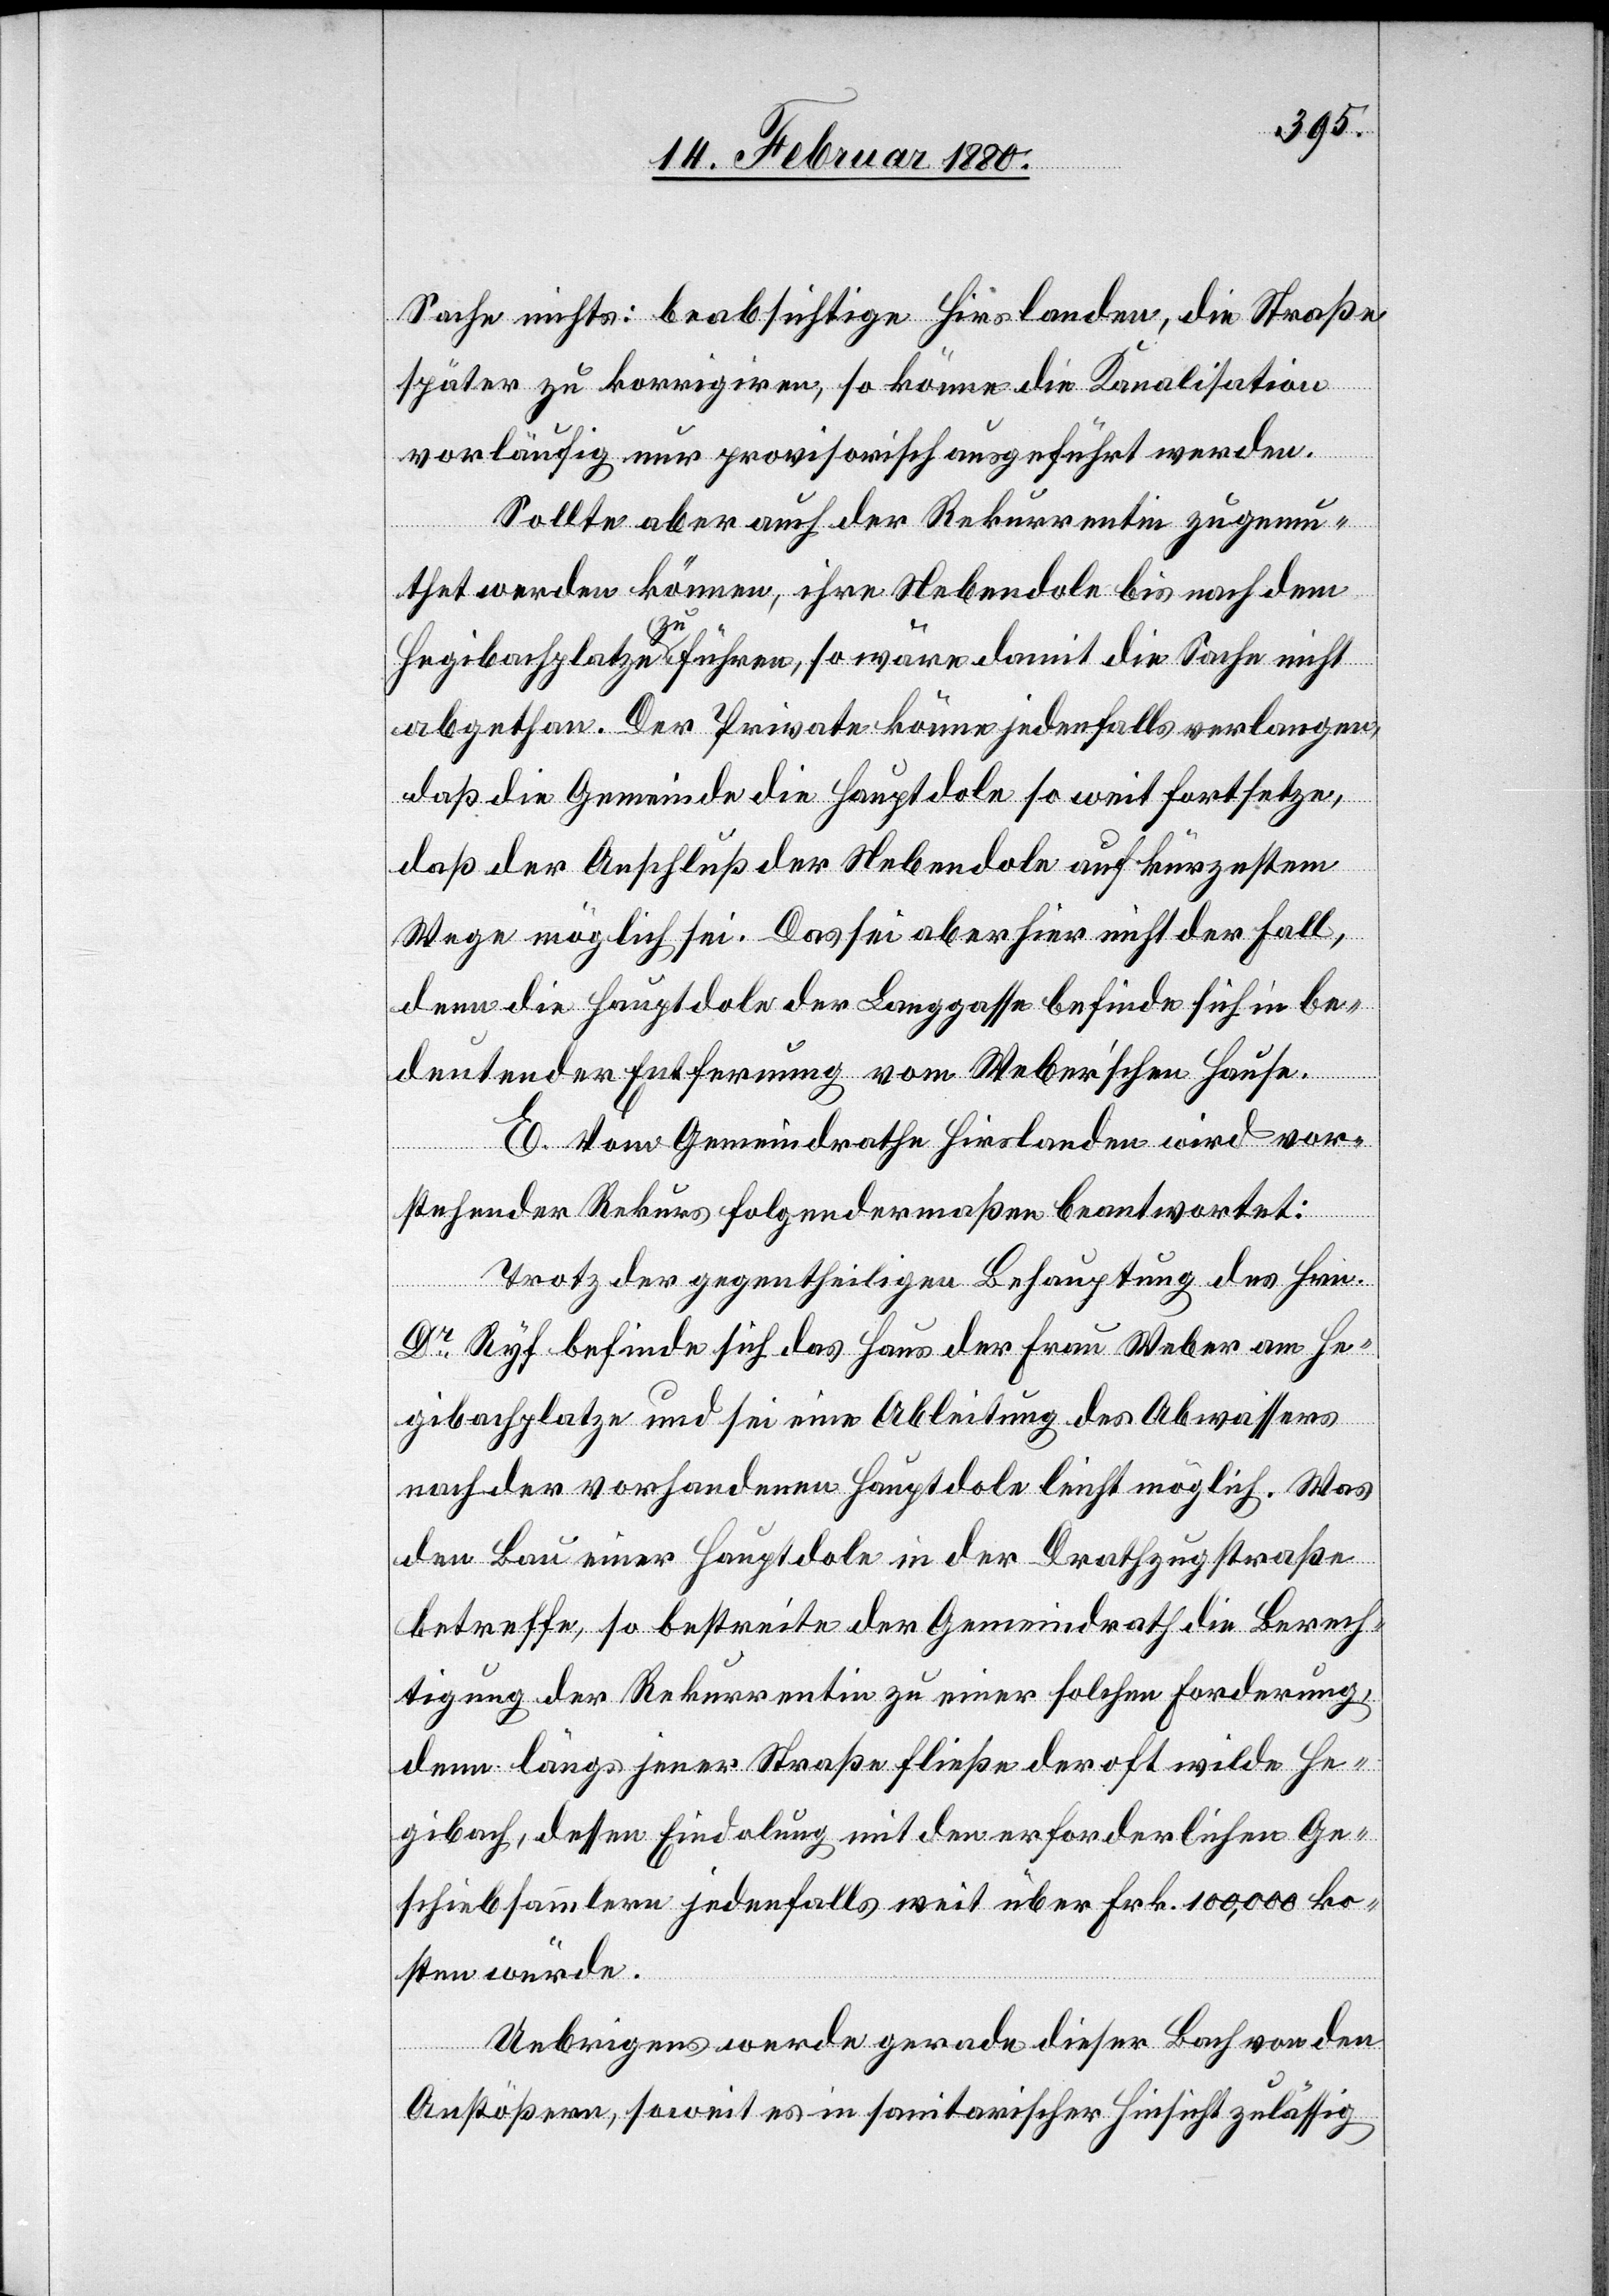
Sache nichts: beabsichtige Hirslanden, die Straße
später zu korrigiren, so könne die Kanalisation
vorläufig nur provisorisch ausgeführt werden.
Sollte aber auch der Rekurrentin zugemu¬
thet werden können, ihre Nebendole bis nach dem
Hegibachplatze zu führen, so wäre damit die Sache nicht
abgethan. Der Private könne jedenfalls verlangen,
daß die Gemeinde die Hauptdole so weit fortsetze,
daß der Anschluß der Nebendole auf kürzestem
Wege möglich sei. Das sei aber hier nicht der Fall,
denn die Hauptdole der Langgasse befinde sich in be¬
deutender Entfernung vom Weber’schen Hause.
E. Vom Gemeindrathe Hirslanden wird vor¬
stehender Rekurs folgendermaßen beantwortet:
Trotz der gegentheiligen Behauptung des Hrn.
Dr Ryf befinde sich das Haus der Frau Weber am He¬
gibachplatze und sei eine Ableitung des Abwassers
nach der vorhandenen Hauptdole leicht möglich. Was
den Bau einer Hauptdole in der Drathzugstraße
betreffe, so bestreite der Gemeindrath die Berech¬
tigung der Rekurrentin zu einer solchen Forderung,
denn längs jener Straße fließe der oft wilde He¬
gibach, dessen Eindolung mit den erforderlichen Ge¬
schiebsammlern jedenfalls weit über Frk. 100 000 ko¬
sten würde.
Uebrigens werde gerade dieser Bach von den
Anstößern, soweit es in sanitarischer Hinsicht zulässig